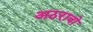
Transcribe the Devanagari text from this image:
अठरावो